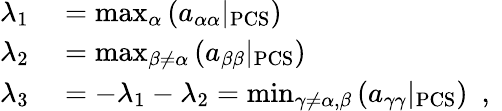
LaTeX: \begin{array}{rl}{\lambda_{1}}&{{}=\operatorname*{max}_{\alpha}\left(a_{\alpha\alpha}|_{\mathrm{PCS}}\right)}\\ {\lambda_{2}}&{{}=\operatorname*{max}_{\beta\neq\alpha}\left(a_{\beta\beta}|_{\mathrm{PCS}}\right)}\\ {\lambda_{3}}&{{}=-\lambda_{1}-\lambda_{2}=\operatorname*{min}_{\gamma\neq\alpha,\beta}\left(a_{\gamma\gamma}|_{\mathrm{PCS}}\right)\ \mathrm{~,~}}\end{array}